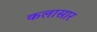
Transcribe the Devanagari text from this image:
कलासार